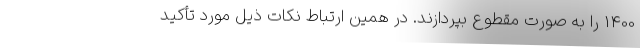
1400 را به صورت مقطوع بپردازند. در همین ارتباط نکات ذیل مورد تأکید